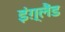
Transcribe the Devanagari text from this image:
इंग़्लैंड